Plague in India, 1896, 1897 - Volume 3
Year: 1896
Disease focus: Plague
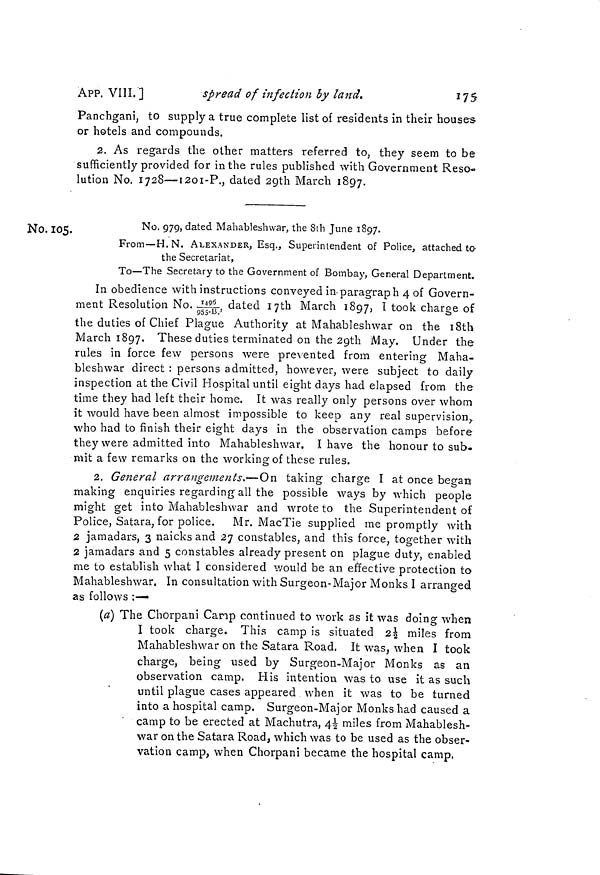
APP. VIII. ]
spread of infection by land.
175
Panchgani, to supply a true complete list of residents in their houses
or hotels and compounds.
2. As regards the other matters referred to, they seem to be
sufficiently provided for in the rules published with Government Reso-
lution No. 1728—1201-P., dated 2gth March 1897.
No. 105.
No. 979, dated Mahableshwar, the 8th June 1897.
From—H. N. ALEXANDER, Esq., Superintendent of Police, attached to
the Secretariat,
To—The Secretary to the Government of Bombay, General Department.
In obedience with instructions conveyed in-paragraph 4 of Govern-
ment Resolution No. 1495 dated 17th March 1807, I took charge of
9S5-13.'
'
-"
ö
the duties of Chief Plague Authority at Mahableshwar on the 18th
March 1897. These duties terminated on the 29th May. Under the
rules in force few persons were prevented from entering Maha-
bleshwar direct : persons admitted, however, were subject to daily
inspection at the Civil Hospital until eight days had elapsed from the
time they had left their home. It was really only persons over whom
it would have been almost impossible to keep any real supervision,
who had to finish their eight days in the observation camps before
they were admitted into Mahableshwar. I have the honour to sub.
mit a few remarks on the working of these rules.
2. General arrangements.—On taking charge I at once began
making enquiries regarding all the possible ways by which people
might get into Mahableshwar and wrote to the Superintendent of
Police, Satara, for police. Mr. MacTie supplied me promptly with
2 jamadars, 3 naicks and 27 constables, and this force, together with
2 jamadars and 5 constables already present on plague duty, enabled
me to establish what I considered would be an effective protection to
Mahableshwar. In consultation with Surgeon-Major Monks I arranged
as follows :—
(a) The Chorpani Camp continued to work as it was doing when
I took charge. This camp is situated 2½ miles from
Mahableshwar on the Satara Road, It was, when I took
charge, being used by Surgeon-Major Monks as an
observation camp. His intention was to use it as such
until plague cases appeared when it was to be turned
into a hospital camp. Surgeon-Major Monks had caused a
camp to be erected at Machutra, 4½ miles from Mahablesh-
war on the Satara Road, which was to be used as the obser-
vation camp, when Chorpani became the hospital camp.